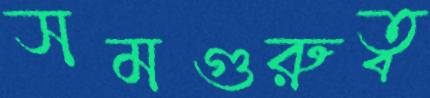
সমগুরুত্ব